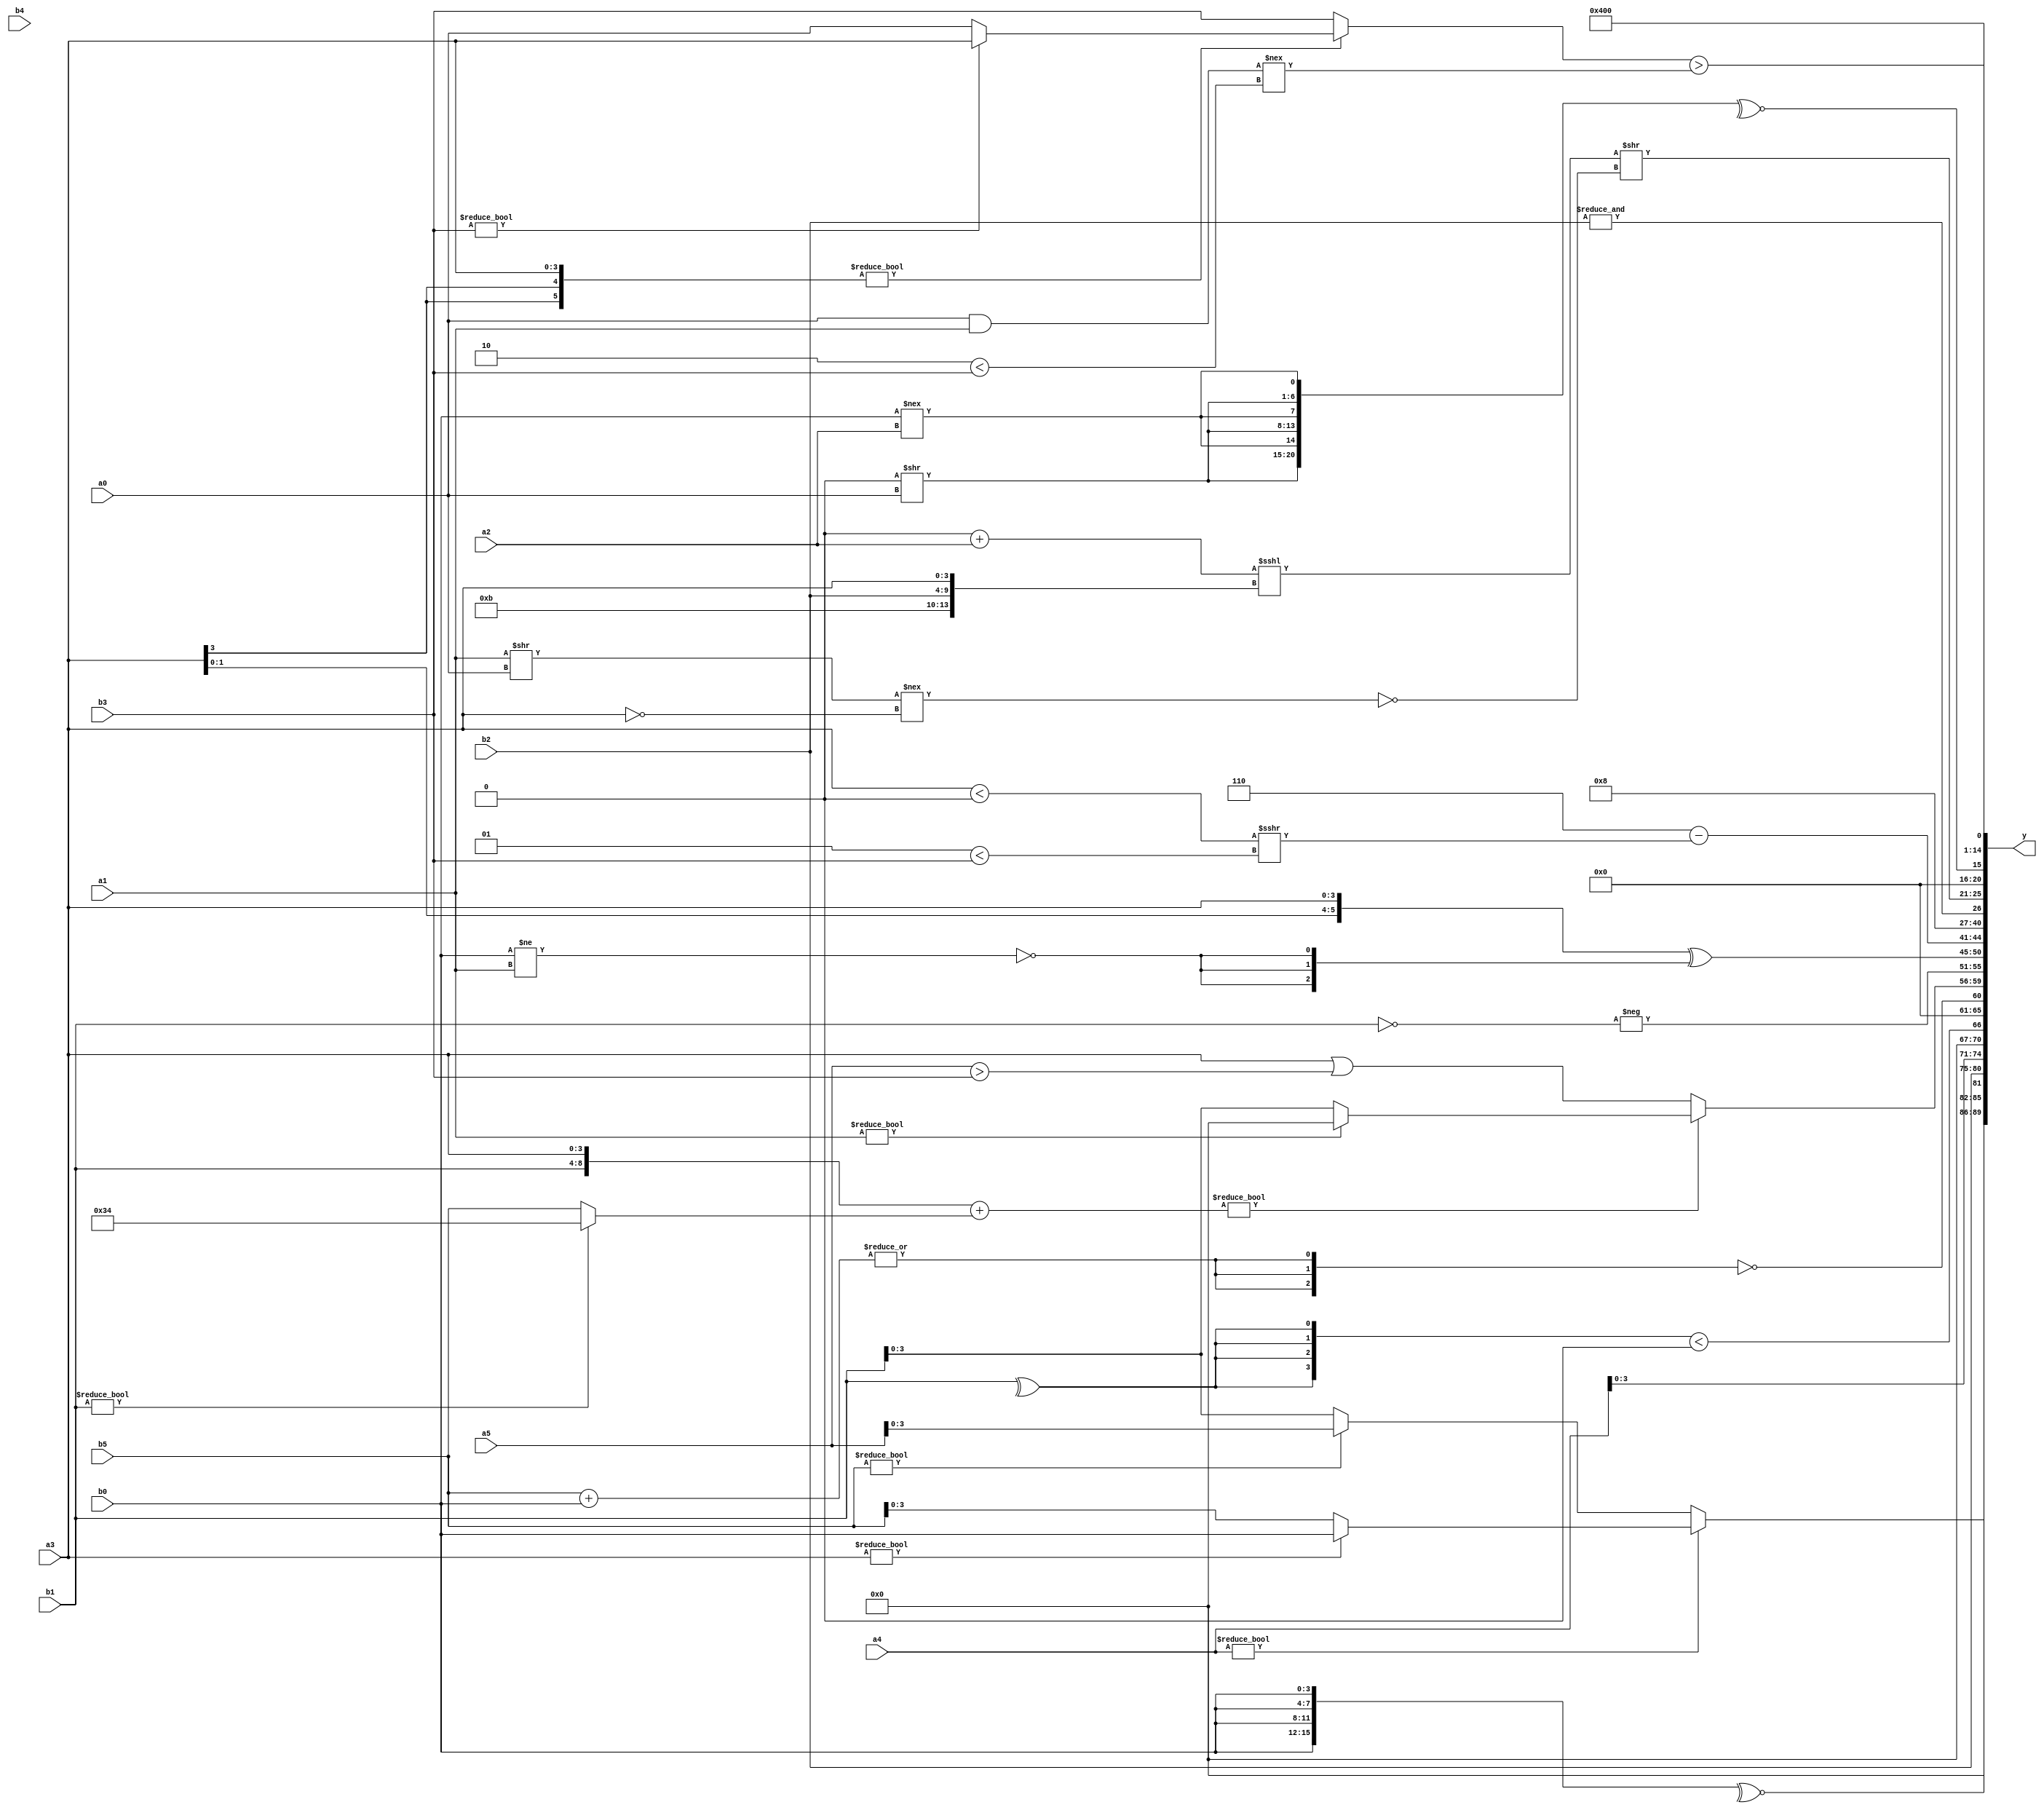
module expression_00712(a0, a1, a2, a3, a4, a5, b0, b1, b2, b3, b4, b5, y);
  input [3:0] a0;
  input [4:0] a1;
  input [5:0] a2;
  input signed [3:0] a3;
  input signed [4:0] a4;
  input signed [5:0] a5;

  input [3:0] b0;
  input [4:0] b1;
  input [5:0] b2;
  input signed [3:0] b3;
  input signed [4:0] b4;
  input signed [5:0] b5;

  wire [3:0] y0;
  wire [4:0] y1;
  wire [5:0] y2;
  wire signed [3:0] y3;
  wire signed [4:0] y4;
  wire signed [5:0] y5;
  wire [3:0] y6;
  wire [4:0] y7;
  wire [5:0] y8;
  wire signed [3:0] y9;
  wire signed [4:0] y10;
  wire signed [5:0] y11;
  wire [3:0] y12;
  wire [4:0] y13;
  wire [5:0] y14;
  wire signed [3:0] y15;
  wire signed [4:0] y16;
  wire signed [5:0] y17;

  output [89:0] y;
  assign y = {y0,y1,y2,y3,y4,y5,y6,y7,y8,y9,y10,y11,y12,y13,y14,y15,y16,y17};

  localparam [3:0] p0 = (((4'sd5)!==(5'd4))>((-5'sd1)+(2'sd1)));
  localparam [4:0] p1 = {{4{(-3'sd3)}},(5'd24),{1{(4'd0)}}};
  localparam [5:0] p2 = (-4'sd0);
  localparam signed [3:0] p3 = (~((-3'sd0)-(2'sd1)));
  localparam signed [4:0] p4 = (&(4'd9));
  localparam signed [5:0] p5 = ((!{1{(2'd2)}})!=(4'sd4));
  localparam [3:0] p6 = ((~^(3'd6))>{(5'd6),(-5'sd13)});
  localparam [4:0] p7 = {(((3'd4)^(-4'sd7))?((2'd1)!==(2'sd0)):((2'd2)&&(-5'sd0))),{(((3'd1)<<(5'sd13))!==((3'd2)<=(3'sd3)))}};
  localparam [5:0] p8 = (+(|(~&(+(~{((2'sd0)<=(2'sd1)),(!(~&(4'sd2))),((2'sd1)||(4'd9))})))));
  localparam signed [3:0] p9 = ((!(4'd2))<<<(-4'sd7));
  localparam signed [4:0] p10 = (-(((5'sd6)===(4'sd1))>>>(4'd2 * (5'd25))));
  localparam signed [5:0] p11 = ({1{({1{(5'd30)}}!==((-5'sd11)!=(3'sd2)))}}^{4{{2{(5'd10)}}}});
  localparam [3:0] p12 = (5'd5);
  localparam [4:0] p13 = (((6'd2 * (2'd1))&(!(2'd1)))>>>((~|(3'd3))/(-2'sd0)));
  localparam [5:0] p14 = ({(4'd4)}^~((5'sd13)|(3'd3)));
  localparam signed [3:0] p15 = (^(-5'sd11));
  localparam signed [4:0] p16 = (!(!({1{({2{(2'd2)}}===(-5'sd12))}}!=={1{({4{(3'd2)}}>>>(^(-5'sd7)))}})));
  localparam signed [5:0] p17 = (&{{(|{(~&(4'd6)),{(5'd21),(5'sd14)}})},(~{{(2'sd0),(2'd2)},{(5'sd13),(5'sd13),(2'd2)}})});

  assign y0 = $signed((+$signed($signed(($signed($unsigned(a4))?(a3?b0:b5):(b5?a5:b1))))));
  assign y1 = (~^{4{b0}});
  assign y2 = ((p12-p2)?(p12?b2:a1):{b2});
  assign y3 = (p4?a4:a4);
  assign y4 = ({4{(^(^b1))}}<((-{3{p8}})<<<(-5'sd7)));
  assign y5 = (!{3{(!(~|(b5+b0)))}});
  assign y6 = (({b1,a3}+(b1?p14:b5))?(a1?p2:b1):({a3}|(a5>b3)));
  assign y7 = (-{(!b1)});
  assign y8 = ({3{{4{a3}}}}^{3{(~(b0!=a1))}});
  assign y9 = ({1{(5'd2 * (2'd3))}}-((a3<p4)>>>(p16<b3)));
  assign y10 = (&{({{p11,b1},(~|p5)}<<(&(p9>p9))),{{b0,a5,a5},(a5>b1),{p16,p13,a3}}});
  assign y11 = (~^(2'd0));
  assign y12 = (~&(~&{2{b2}}));
  assign y13 = (({((p17+a2)<<<{p11,b2,a3})})>>(~|((a1>>a0)!==(!a3))));
  assign y14 = (~^{3{{(p2>>a0),(b0!==a2)}}});
  assign y15 = ((-{2{{1{(+p11)}}}})>(^{2{(&(-2'sd1))}}));
  assign y16 = {2{(4'd0)}};
  assign y17 = (((p2?p11:a3)?$unsigned((b3?a3:a0)):((p11?b3:b1)))>(({1{a0}}&{1{a1}})!==((2'd2)<(b3))));
endmodule